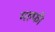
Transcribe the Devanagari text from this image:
मल्फी